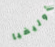
أوليفيا